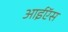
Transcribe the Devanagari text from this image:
आईऍस